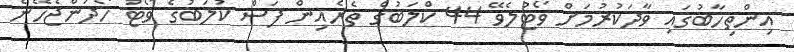
އިންތިހާބުގައި ވާދަކުރުމަށް ވޯޓުލެވޭ 44 ކްލަބުގެ ތެރެއިން ފަސް ކުލަބުގެ ވޯޓު ހޯދަންޖެހޭނެ